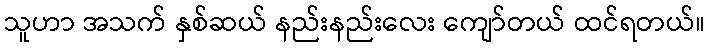
သူဟာ အသက် နှစ်ဆယ် နည်းနည်းလေး ကျော်တယ် ထင်ရတယ်။